Report on the administration of the Government Cinchona Department 1892-98
Year: 1892
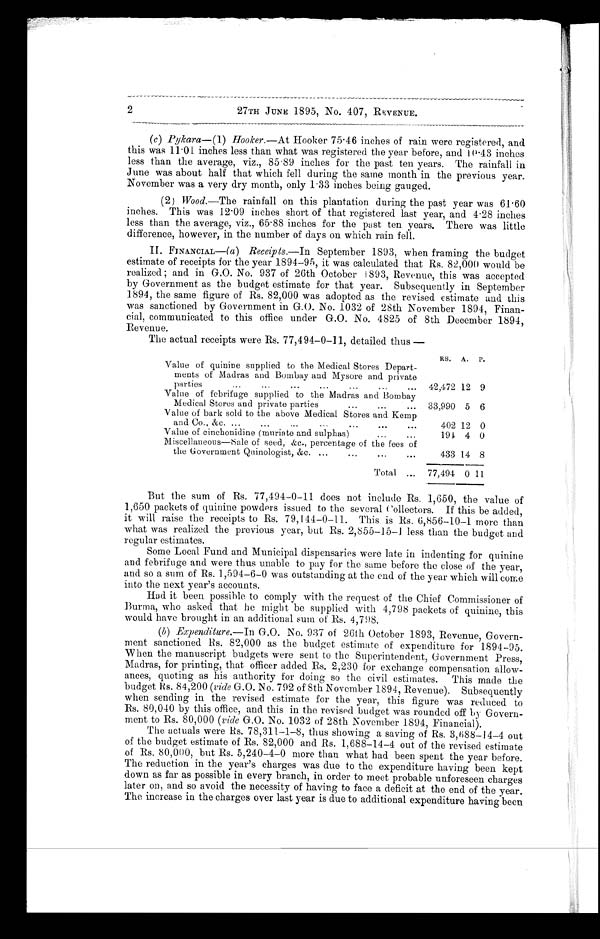
2
27TH JUNE 1895, No. 407, REVENUE.
(c) Pykara—(1) Hooker.—At Hooker 75.46 inches of rain were registered, and
this was 11.01 inches less than what was registered the year before, and 10.43 inches
less than the average, viz., 85.89 inches for the past ten years. The rainfall in
June was about half that which fell during the same month in the previous year.
November was a very dry month, only 1.33 inches being gauged.
(2) Wood.—The rainfall on this plantation during the past year was 61.60
inches. This was 12.09 inches short of that registered last year, and 4.28 inches
less than the average, viz., 65.88 inches for the past ten years. There was little
difference, however, in the number of days on which rain fell.
II. FINANCIAL—(a) Receipts.—In September 1893, when framing the budget
estimate of receipts for the year 1894-95, it was calculated that Rs. 82,000 would be
realized; and in G.O. No. 937 of 26th October 1893, Revenue, this was accepted
by Government as the budget estimate for that year. Subsequently in September
1894, the same figure of Rs. 82,000 was adopted as the revised estimate and this
was sanctioned by Government in G.O. No. 1032 of 28th November 1894, Finan-
cial, communicated to this office under G.O. No. 4825 of 8th December 1894,
Revenue.
The actual receipts were Rs. 77,494-0-11, detailed thus—
RS. A. P.
Value of quinine supplied to the Medical Stores Depart-
ments of Madras and Bombay and Mysore and private
parties
42,472 12 9
Value of febrifuge supplied to the Madras and Bombay
Medical Stores and private parties
33,990 5 6
Value of bark sold to the above Medical Stores and Kemp
and Co., &c.
402 12 0
Value of cinchonidine (muriate and sulphas)
194 4 0
Miscellaneous—sale of seed, &c., percentage of the fees of
the Government Quinologist, &c.
433 14 8
Total
77,494 0 11
But the sum of Rs. 77,494-0-11 does not include Rs. 1,650, the value of
1,650 packets of quinine powders issued to the several Collectors. If this be added,
it will raise the receipts to Rs. 79, 144-0-11. This is Rs. 6,856-10-1 more than
what was realized the previous year, but Rs. 2,855-15-1 less than the budget and
regular estimates.
Some Local Fund and Municipal dispensaries were late in indenting for quinine
and febrifuge and were thus unable to pay for the same before the close of the year,
and so a sum of Rs. 1,594-6-0 was outstanding at the end of the year which will come
into the next year's accounts.
Had it been possible to comply with the request of the Chief Commissioner of
Burma, who asked that he might be supplied with 4,798 packets of quinine, this
would have brought in an additional sum of Rs. 4,798.
(b) Expenditure.—In G.O. No. 937 of 26th October 1893, Revenue, Govern-
ment sanctioned Rs. 82,000 as the budget estimate of expenditure for 1894-95.
When the manuscript budgets were sent to the Superintendent, Government Press,
Madras, for printing, that officer added Rs. 2,230 for exchange compensation allow-
ances, quoting as his authority for doing so the civil estimates. This made the
budget Hs. 84,200 (vide G.O. No. 792 of 8th November 1894, Revenue). Subsequently
when sending in the revised estimate for the year, this figure was reduced to
Rs. 80,040 by this office, and this in the revised budget was rounded off by Govern-
ment to Rs. 80,000 (vide G.O. No. 1032 of 28th November 1894, Financial).
The actuals were Rs. 78,311-1-8, thus showing a saving of Rs. 3,688-14-4 out
of the budget estimate of Rs. 82,000 and Rs. 1,688-14-4 out of the revised estimate
of Rs. 80,000, but Rs. 5,240-4-0 more than what had been spent the year before.
The reduction in the year's charges was due to the expenditure having been kept
down as far as possible in every branch, in order to meet probable unforeseen charges
later on, and so avoid the necessity of having to face a deficit at the end of the year.
The increase in the charges over last year is due to additional expenditure having been